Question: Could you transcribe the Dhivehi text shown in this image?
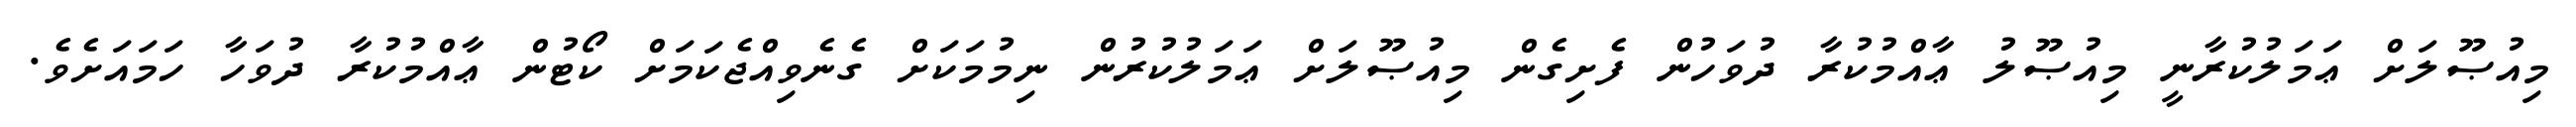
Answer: މިއުޞޫލަށް ޢަމަލުކުރާނީ މިއުޞޫލު ޢާއްމުކުރާ ދުވަހުން ފެށިގެން މިއުޞޫލަށް ޢަމަލުކުރުން ނިމުމަކަށް ގެނެވިއްޖެކަމަށް ކޯޓުން ޢާއްމުކުރާ ދުވަހާ ހަމައަށެވެ.